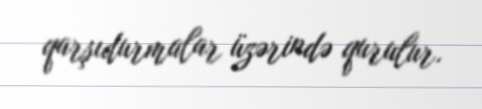
qarşıdurmalar üzərində qurulur.